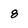
Character: 8